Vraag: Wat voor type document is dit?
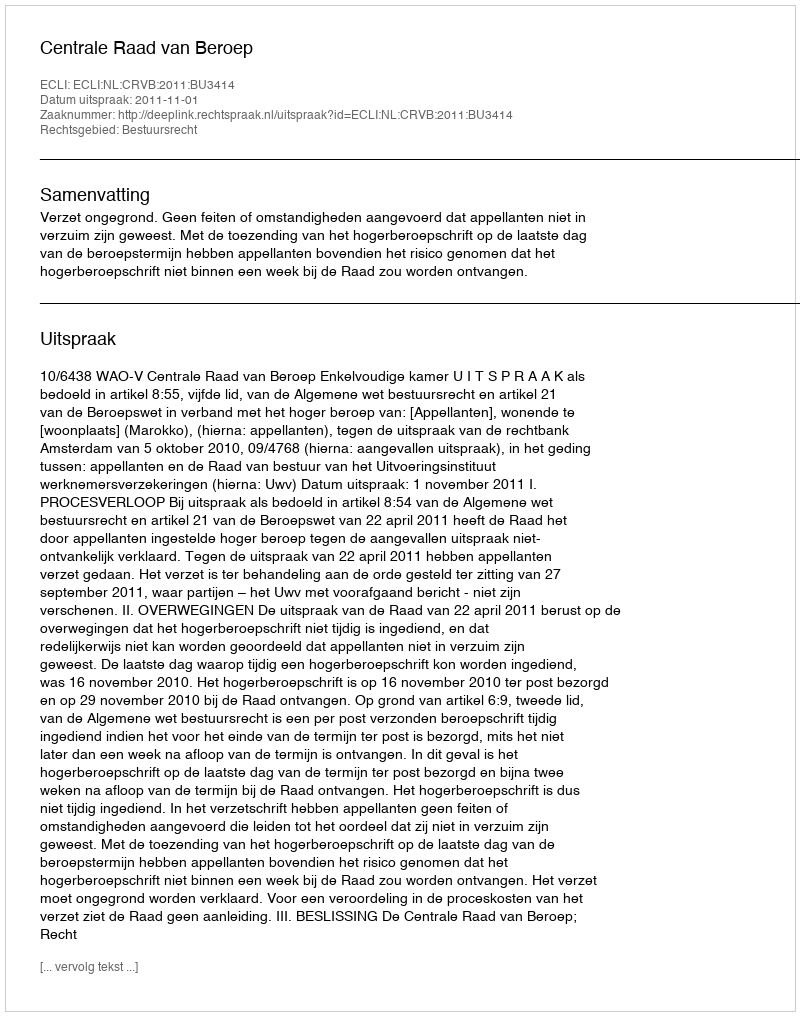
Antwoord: Uitspraak